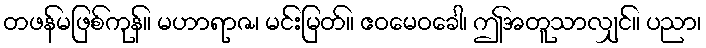
တဖန်မဖြစ်ကုန်။ မဟာရာဇ၊ မင်းမြတ်။ ဧဝမေဝခေါ၊ ဤအတူသာလျှင်။ ပညာ၊